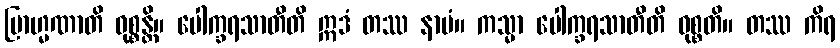
ဗြာဟ္မဏာတိ ဝုစ္စန္တိ။ ပေါက္ခရသာတီတိ ဣဒံ တဿ နာမံ။ ကသ္မာ ပေါက္ခရသာတီတိ ဝုစ္စတိ။ တဿ ကိရ